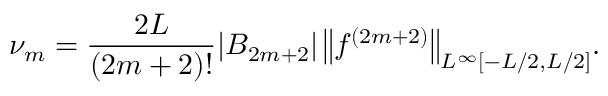
\nu _ { m } = \frac { 2 L } { ( 2 m + 2 ) ! } | B _ { 2 m + 2 } | \, \big \| f ^ { ( 2 m + 2 ) } \big \| _ { L ^ { \infty } [ - L / 2 , L / 2 ] } .